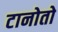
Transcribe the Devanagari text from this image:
टानोतो